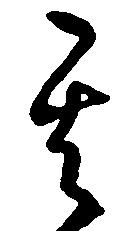
其